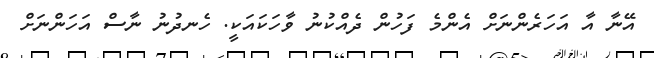
އޭނާ އާ އަހަރެންނަށް އެންމެ ފަހުން ދެއްކުނު ވާހަކައަކީ. ހެނދުނު ނާސް އަހަންނަށް